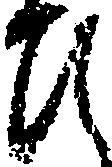
ひ